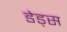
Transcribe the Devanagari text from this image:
डेड्स